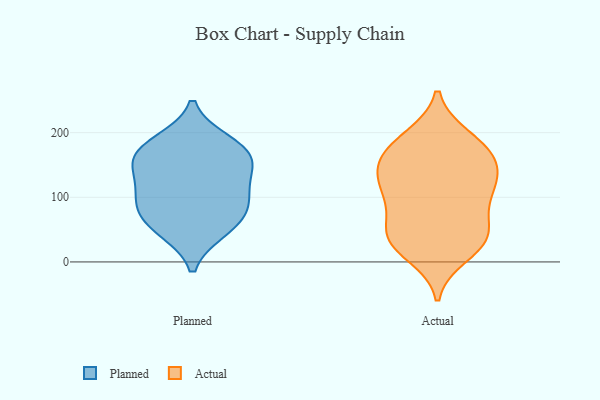
{"axis": {"x": "Energy Usage (MWh)", "y": "Value"}, "legend": ["Actual", "Planned"], "data": [{"x": "", "y": 96, "type": "Planned"}, {"x": "", "y": 158, "type": "Planned"}, {"x": "", "y": 186, "type": "Planned"}, {"x": "", "y": 81, "type": "Planned"}, {"x": "", "y": 48, "type": "Planned"}, {"x": "", "y": 165, "type": "Planned"}, {"x": "", "y": 112, "type": "Planned"}, {"x": "", "y": 180, "type": "Planned"}, {"x": "", "y": 79, "type": "Planned"}, {"x": "", "y": 51, "type": "Planned"}, {"x": "", "y": 129, "type": "Planned"}, {"x": "", "y": 151, "type": "Planned"}, {"x": "", "y": 107, "type": "Actual"}, {"x": "", "y": 193, "type": "Actual"}, {"x": "", "y": 11, "type": "Actual"}, {"x": "", "y": 152, "type": "Actual"}, {"x": "", "y": 31, "type": "Actual"}, {"x": "", "y": 191, "type": "Actual"}, {"x": "", "y": 99, "type": "Actual"}, {"x": "", "y": 41, "type": "Actual"}, {"x": "", "y": 39, "type": "Actual"}, {"x": "", "y": 139, "type": "Actual"}, {"x": "", "y": 133, "type": "Actual"}, {"x": "", "y": 173, "type": "Actual"}, {"x": "", "y": 64, "type": "Actual"}, {"x": "", "y": 158, "type": "Actual"}, {"x": "", "y": 168, "type": "Actual"}, {"x": "", "y": 27, "type": "Actual"}, {"x": "", "y": 46, "type": "Actual"}, {"x": "", "y": 113, "type": "Actual"}, {"x": "", "y": 106, "type": "Actual"}]}